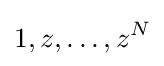
1,z,\ldots ,z^{N}